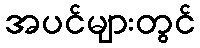
အပင်များတွင်